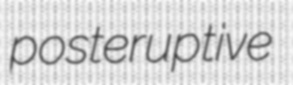
posteruptive